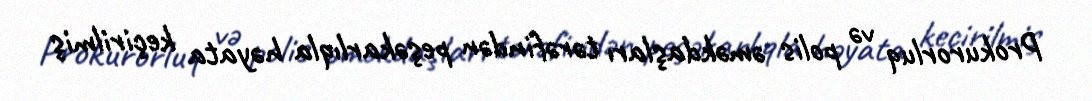
Prokurorluq və polis əməkdaşları tərəfindən peşəkarlıqla həyata keçirilmiş